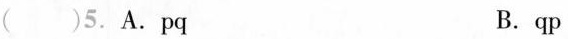
()5.A.pq B.qp